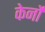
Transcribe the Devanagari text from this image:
केर्नो